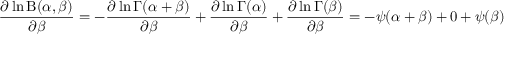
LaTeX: { \frac { \partial \ln \mathrm { B } ( \alpha , \beta ) } { \partial \beta } } = - { \frac { \partial \ln \Gamma ( \alpha + \beta ) } { \partial \beta } } + { \frac { \partial \ln \Gamma ( \alpha ) } { \partial \beta } } + { \frac { \partial \ln \Gamma ( \beta ) } { \partial \beta } } = - \psi ( \alpha + \beta ) + 0 + \psi ( \beta )